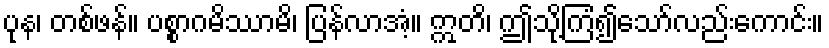
ပုန၊ တစ်ဖန်။ ပစ္စာဂမိဿာမိ၊ ပြန်လာအံ့။ ဣတိ၊ ဤသို့ကြံ၍သော်လည်းကောင်း။